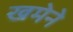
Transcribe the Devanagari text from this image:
खमेने